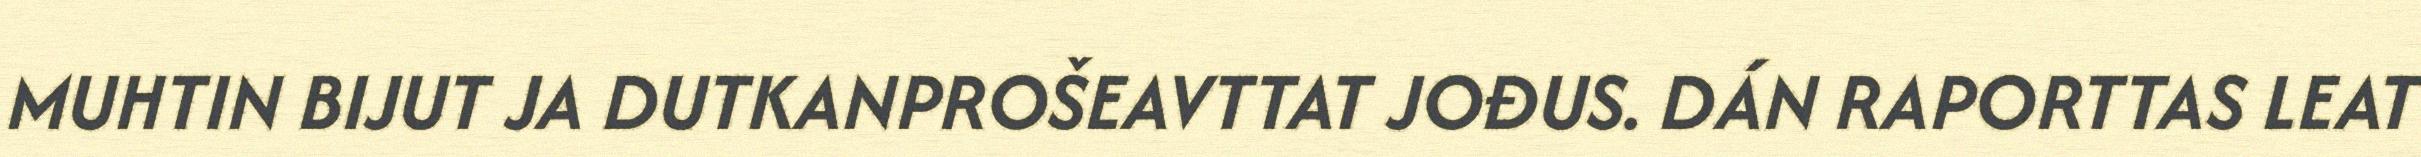
MUHTIN BIJUT JA DUTKANPROŠEAVTTAT JOĐUS. DÁN RAPORTTAS LEAT